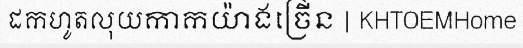
ដកហូតលុយកាកយ៉ាងច្រើន | KHTOEMHome